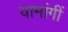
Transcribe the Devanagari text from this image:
वामांगीं